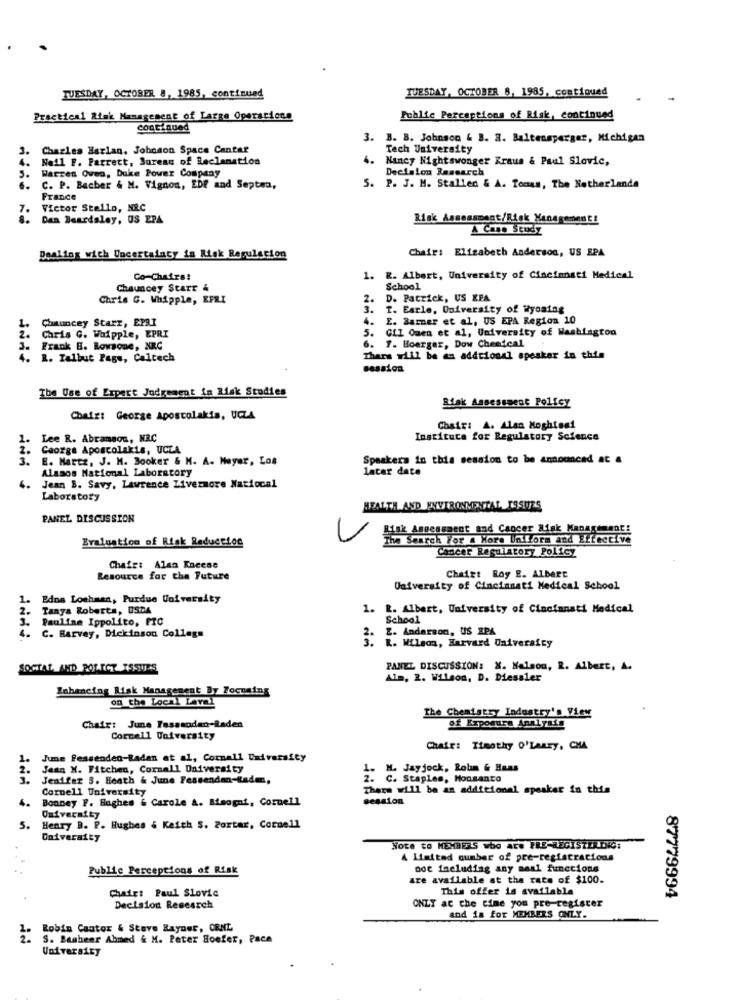
TUESDAY, OCTOBER 8, 1985, continued
TUESDAY, OCTOBER 8, 1985, continued
Practical Risk Management of Large Operations
Public Percaptions of Risk, continued
continued
3.
B. B. Johnson & B. A. Baltensperger, Michigan
3.
Charles Harlan, Johnson Space Cantar
Tech University
Neil F. Parrett, Surens of Reclamation
4. Nancy Nightswonger Kraus & Paul Slovic,
Warzen Oven, Duke Power Company
Decision Research
5.
..
C. P. Bacher & M. Vignon, EDf and Septen,
5. P. J. M. Stalled & A. Tomas, The Netherlanda
France
Victor Stello, NRC
Dan Beardsley, US EPA
Risk Assessment/Risk Management!
A Case Study
Chair: Elizabeth Anderson, US EPA
Dealing with Uncertainty in Risk Regulation
Co-Chairs:
1. Z. Albert, University of Cincinnati Medical
Chauncey Starr &
School
Chris C. Whipple, EPRI
2.
D. Patrick, US XFA
3. T. Earle, University of Wyoming
Chauncey Starr, EPRI
4.
E. Barner et al, US EPA Region 10
2.
L.
5. GLI Omen et al, University of Washington
Chris C. Whipple, EPRI
6. 7. Boerger, Dow Chemical
3.
Frank B. Rowsone, NIC
4. R. Talbut Page, Caltech
There will be an addtional speaker in this
session
The Use of Expert Judgement in Risk Studies
Risk Assessment Policy
Chair: George Apostolakis, UCZA
Chair: A. Alan Moghtesi
Lee R. Abramson, NRC
Instituce for Regulatory Science
Caorge Aposcolakis, UCLA
E. Hartz, J. M. Booker & M. A. Meyer, Las
Speakers in this session to be announced at a
Alamos National Laboratory
later date
4.
Jean B. Savy, Lawrence Livermore Natiocal
Laboratory
HEALTH AND ENVIRONMENTAL ISSUES
PANEL DISCUSSION
Risk Assessment and Cancer Risk Management!
Evaluation of Risk Reduction
The Search For a More Uniform and Effective
Cancer Regulatory Policy
Chair: Alan Kacese
Chaiet Roy E. Albert
Resource for the Future
University of Cincinnati Medical School
Edna Lochmen, Purdue University
Tanya Roberts, USDA
1. R. Albert, University of Cincinnati Medical
Pauline Ippolito, FIC
School
4.
Z. Anderson, US ZPA
C. Barvey, Dickinson College
3. E. Wilson, Harvard University
SOCTAL, AND ROTTOT ISSUES
PANEL DISCUSSION: X. Nelson, R. Albert, A.
Alm, 2. Wilson, D. Diesaler
Zohancing Risk Management By Focusing
on the Local Laval
The Chemistry Industry's View
of Exposure Analysis
Chair: June Fasssoden-Baden
Cornell University
Chair: Timothy O'Lansy, CHA
1.
June Fessenden-Radan at al, Cormall Uxivaraity
Jean N. Fitchen, Cornell University
- M- Jayjock, Robin & Haas
Jenifer S. Heath & June Fessenden-Baden,
. C. Staples, Monsanto
Cornell University
There will be an additional speaker in this
4.
Bonney F. Hughes & Carole A. Blaogni, Cornell
session
Ouiveraity
5.
Henry B. P. Hughes & Keith S. Portar, Cornell
University
Note to MEMBERS who ATS PRE-REGISTERING:
A Limited number of pre-registrations
Public Perceptions of Risk
not including any maal functions
are available at the rate of $100.
Chair: Paul Slovie
This offer is available
ONZT ac che cime you pre-register
87779994
Decision Research
and is for MEMBERS ONLY.
Robin Cantor & Steve Rayder, ORNL
S. Bagheer Ahmed & M. Peter Hoefer, Pace
University